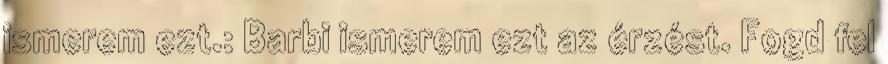
ismerem ezt.: Barbi ismerem ezt az érzést. Fogd fel